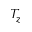
T _ { z }